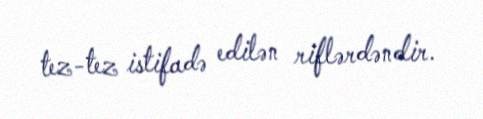
tez-tez istifadə edilən riflərdəndir.